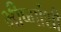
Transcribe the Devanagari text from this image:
भीष्मांशी